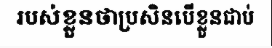
របស់ខ្លួនថាប្រសិនបើខ្លួនជាប់